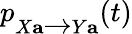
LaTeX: p_{X\mathbf{a}\xrightarrow{}Y\mathbf{a}}(t)